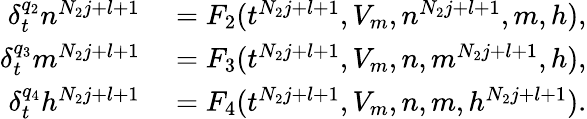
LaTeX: \begin{array}{rl}{\delta_{t}^{q_{2}}n^{N_{2}j+l+1}}&{{}=F_{2}(t^{N_{2}j+l+1},V_{m},n^{N_{2}j+l+1},m,h),}\\ {\delta_{t}^{q_{3}}m^{N_{2}j+l+1}}&{{}=F_{3}(t^{N_{2}j+l+1},V_{m},n,m^{N_{2}j+l+1},h),}\\ {\delta_{t}^{q_{4}}h^{N_{2}j+l+1}}&{{}=F_{4}(t^{N_{2}j+l+1},V_{m},n,m,h^{N_{2}j+l+1}).}\end{array}